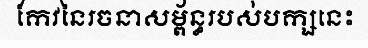
កែវនៃរចនាសម្ព័ន្ធរបស់បក្សនេះ